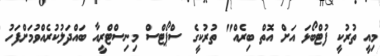
މިއީ ތުރުކީ ފުޓްބޯޅަ އަށް އޮތް ބިރެއް" ތުރުކީގެ ސްޕޯޓްސް މިނިސްޓްރީއާ ބައްދަލުކުރެއްވުމަށްފަހު